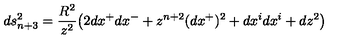
d s _ { n + 3 } ^ { 2 } = \frac { R ^ { 2 } } { z ^ { 2 } } \big ( 2 d x ^ { + } d x ^ { - } + z ^ { n + 2 } ( d x ^ { + } ) ^ { 2 } + d x ^ { i } d x ^ { i } + d z ^ { 2 } \big )